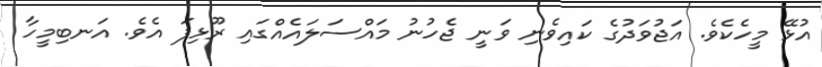
އުޅޭ މީހެކެވެ. އަޖުވަދުގެ ކައިވެނި ވަނީ ޖެހުނު މައްސަލައެއްގައި ރޫޅިފަ އެވެ. އަނބިމީހާ